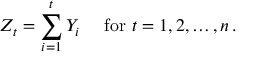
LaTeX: Z _ { t } = \sum _ { i = 1 } ^ { t } Y _ { i } \quad { \mathrm { ~ f o r ~ } } t = 1 , 2 , \dots , n \, .